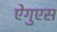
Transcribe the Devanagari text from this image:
ऐगुएस